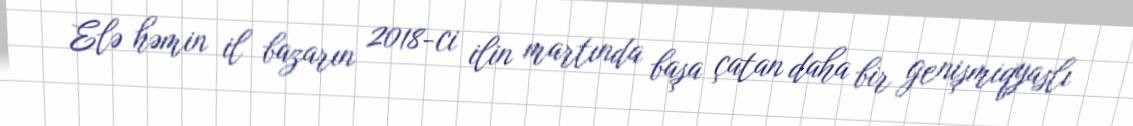
Elə həmin il bazarın 2018-ci ilin martında başa çatan daha bir genişmiqyaslı